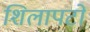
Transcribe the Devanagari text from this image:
शिलापटों